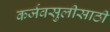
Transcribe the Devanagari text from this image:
कर्जवसुलीसाठी